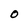
Character: O